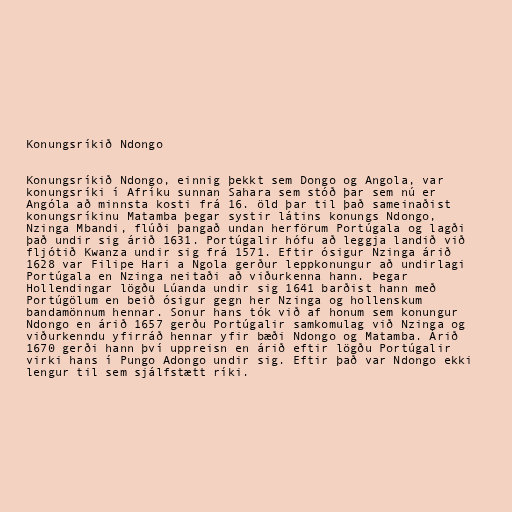
Konungsríkið Ndongo

Konungsríkið Ndongo, einnig þekkt sem Dongo og Angola, var
konungsríki í Afríku sunnan Sahara sem stóð þar sem nú er
Angóla að minnsta kosti frá 16. öld þar til það sameinaðist
konungsríkinu Matamba þegar systir látins konungs Ndongo,
Nzinga Mbandi, flúði þangað undan herförum Portúgala og lagði
það undir sig árið 1631. Portúgalir hófu að leggja landið við
fljótið Kwanza undir sig frá 1571. Eftir ósigur Nzinga árið
1628 var Filipe Hari a Ngola gerður leppkonungur að undirlagi
Portúgala en Nzinga neitaði að viðurkenna hann. Þegar
Hollendingar lögðu Lúanda undir sig 1641 barðist hann með
Portúgölum en beið ósigur gegn her Nzinga og hollenskum
bandamönnum hennar. Sonur hans tók við af honum sem konungur
Ndongo en árið 1657 gerðu Portúgalir samkomulag við Nzinga og
viðurkenndu yfirráð hennar yfir bæði Ndongo og Matamba. Árið
1670 gerði hann því uppreisn en árið eftir lögðu Portúgalir
virki hans í Pungo Adongo undir sig. Eftir það var Ndongo ekki
lengur til sem sjálfstætt ríki.